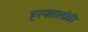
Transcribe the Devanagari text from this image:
हस्पतालोकी